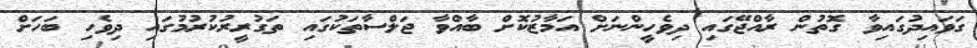
ގަވައިދުގައިވާ ގޮތުން ރާއްޖޭގައި ދިވެހީންނަށް އަމާޒުކޮށް ބާއްވާ ޖަލްސާތަކުގައި ތަގުރީރުކުރުމުގައި ދިވެހި ބަހަށް